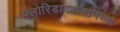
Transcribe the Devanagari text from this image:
फ्लोरिडादरम्यानच्या